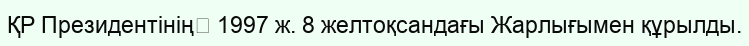
ҚР Президентінің﻿ 1997 ж. 8 желтоқсандағы Жарлығымен құрылды.